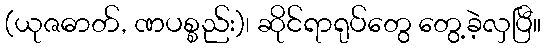
(ယုဇဓာတ်, ဏပစ္စည်း)၊ ဆိုင်ရာရုပ်တွေ တွေ့ခဲ့လှပြီ။